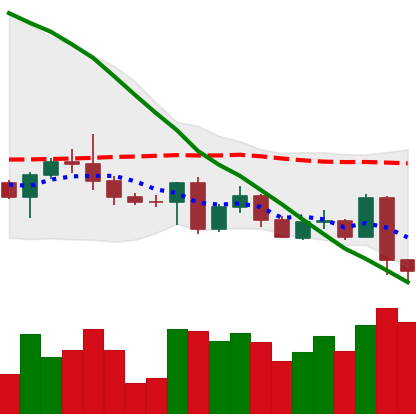
Ticker: BTC-USD
Chart end date: 2022-05-06
Forward return: -19.712%
Label: down_7plus